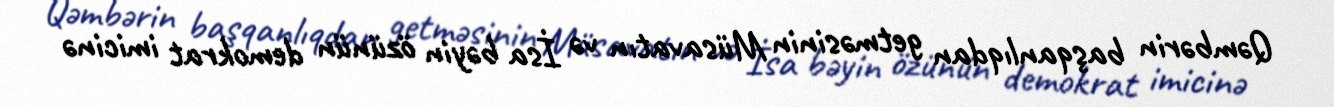
Qəmbərin başqanlıqdan getməsinin Müsavatın və İsa bəyin özünün demokrat imicinə